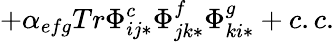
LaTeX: +\alpha_{efg}Tr\Phi_{ij*}^{c}\Phi_{jk*}^{f}\Phi_{ki*}^{g}+c.c.